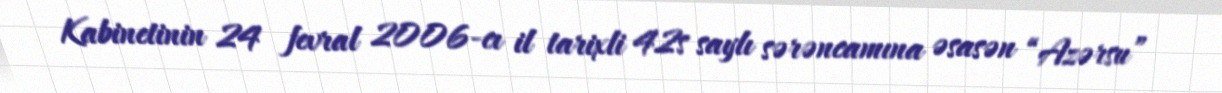
Kabinetinin 24 fevral 2006-cı il tarixli 42s saylı sərəncamına əsasən “Azərsu”